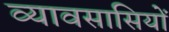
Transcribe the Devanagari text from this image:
व्यावसासियों